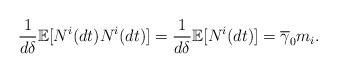
LaTeX: \begin{align*}\frac{1}{d\delta}\mathbb{E}[N^{i}(dt)N^{i}(dt)]=\frac{1}{d\delta}\mathbb{E}[N^{i}(dt)]=\overline{\gamma}_{0}m_{i}.\end{align*}